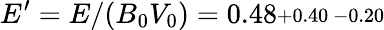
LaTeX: E^{\prime}=E/(B_{0}V_{0})=0.48\substack{+0.40\, -0.20}